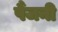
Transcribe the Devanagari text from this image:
पैंजनी